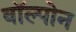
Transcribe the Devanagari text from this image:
वॉल्पोन